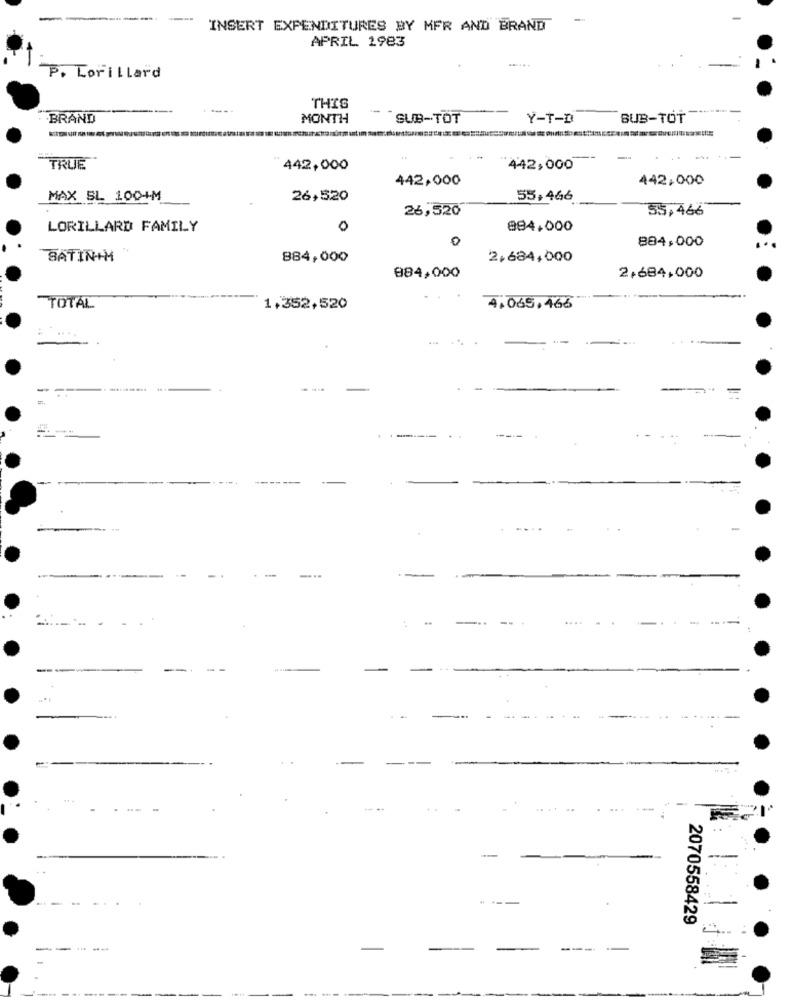
----- -
-
INSERT EXPENDITURES BY MFR AND BRAND
APRIL 1983
P. Lorillard
THIS
BRAND
MONTH
SUB-TOT
Y-T-D
BUB-TOT
-
TRUE
442,000
442,000
442,000
442,000
MAX EL 100+M
26,520
55,466
26,520
55,466
LORILLARD FAMILY
0
884,000
0
884,000
SATIN+M
884,000
2.684,000
884,000
2,684,000
TOTAL
1,352,520
4.065.466
-
----
--
---
---
2070558429
----
-
-
----